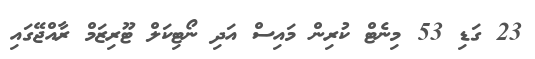
23 ގަޑި 53 މިނެޓް ކުރިން މައިސް އަދި ނޯޓިކަލް ޓޫރިޒަމް ރާއްޖޭގައި